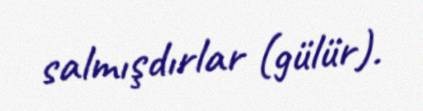
salmışdırlar (gülür).